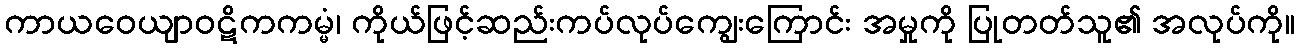
ကာယဝေယျာဝဋိကကမ္မံ၊ ကိုယ်ဖြင့်ဆည်းကပ်လုပ်ကျွေးကြောင်း အမှုကို ပြုတတ်သူ၏ အလုပ်ကို။